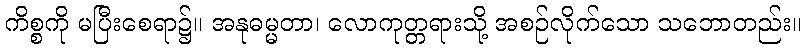
ကိစ္စကို မပြီးစေရာ၌။ အနုဓမ္မတာ၊ လောကုတ္တရားသို့ အစဉ်လိုက်သော သဘောတည်း။